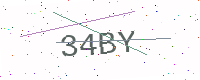
Text: 34BY